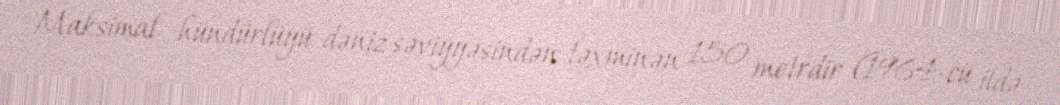
Maksimal hündürlüyü dəniz səviyyəsindən təxminən 150 metrdir (1964-cü ildə